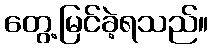
တွေ့မြင်ခဲ့ရသည်။